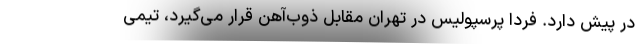
در پیش دارد. فردا پرسپولیس در تهران مقابل ذوب‌آهن قرار می‌گیرد، تیمی